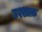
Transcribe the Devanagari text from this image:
उश्शाक़